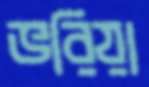
ভরিয়া